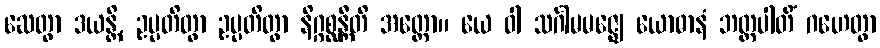
ဆေတွာ ဒယန္တိ, ဥပ္ပတိတွာ ဥပ္ပတိတွာ နိဂ္ဂစ္ဆန္တီတိ အတ္ထော။ ယေ ဝါ သင်္ဂါမမဇ္ဈေ ယောဓာနံ ဘတ္တပါတိံ ဂဟေတွာ